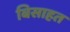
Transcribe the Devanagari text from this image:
बिसाहत